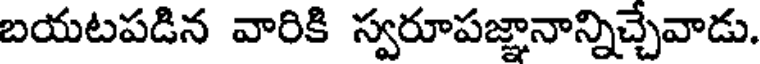
బయటపడిన వారికి స్వరూపజ్ఞానాన్నిచ్చేవాడు.